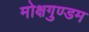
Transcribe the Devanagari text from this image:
मोक्षगुण्डम